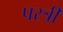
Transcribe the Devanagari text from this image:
परत्री